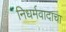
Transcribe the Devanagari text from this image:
निधर्मवादाचा